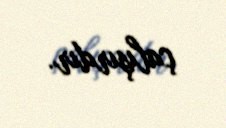
çalışırdır.